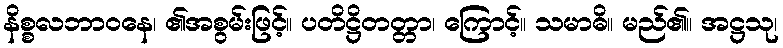
နိစ္စလဘာဝနေ၊ ၏အစွမ်းဖြင့်။ ပတိဋ္ဌိတတ္တာ၊ ကြောင့်။ သမာဓိ။ မည်၏။ အဋ္ဌသု၊